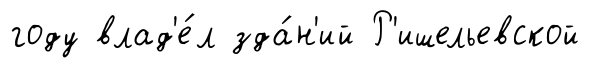
году влад'е́л зда́н'ий Р'ишельевской